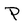
Character: P